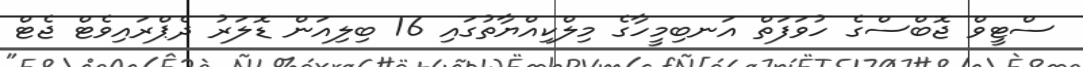
ސްޓީވް ޖޮބްސްގެ ހުވަފަތް އަނބިމީހާގެ މިލްކިއްޔާތުގައި 16 ބިލިއަން ޑޮލަރު ދެޕްރައިވެޓް ޖެޓް